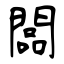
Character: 闆